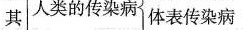
其人类的传染病体表传染病